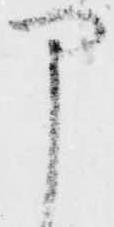
申